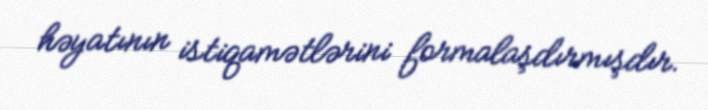
həyatının istiqamətlərini formalaşdırmışdır.